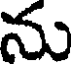
ను